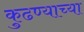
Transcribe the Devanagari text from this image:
कुढण्याच्या